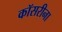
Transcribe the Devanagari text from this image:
कॉसरीना